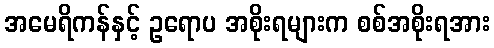
အမေရိကန်နှင့် ဥရောပ အစိုးရများက စစ်အစိုးရအား